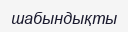
шабындықты